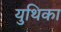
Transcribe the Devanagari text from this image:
युथिका